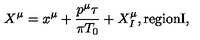
X ^ { \mu } = x ^ { \mu } + \frac { p ^ { \mu } \tau } { \pi { T _ { 0 } } } + X _ { I } ^ { \mu } , \mathrm { r e g i o n I } ,